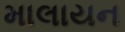
માલાયન